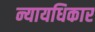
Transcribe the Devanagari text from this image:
न्यायधिकार